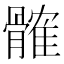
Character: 髉